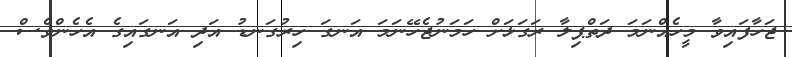
ޖަހާފައިވާ މީހެއްނަމަ ދަތްޕިލާ ރަގަޅަށް ހަމަނުޖެހޭނަމަ އަނގަ ހިރުގަނޑު އަދި އަނގައިގެ އެހެންވެސް